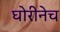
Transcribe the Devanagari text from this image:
घोरीनेच